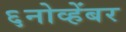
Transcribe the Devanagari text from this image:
६नोव्हेंबर